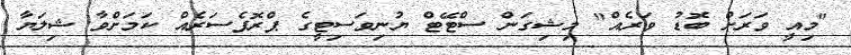
"މިއީ ވަރަށް ބޮޑު ވަރެއް" މިޝިގަން ސްޓޭޓް ޔުނިވަސިޓީގެ ޕްރޮފެސަރެއް ކަމަށްވާ ޝިލަޔާ